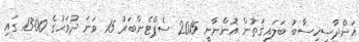
އަންދާސީހިސާބު ބަލައިގަތުން އޮންނާނީ 2015 ސެޕްޓެންބަރު 15 ވަނަ ދުވަހުގެ 13:00 ގައި